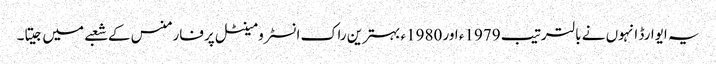
یہ ایوارڈ انہوں نے بالترتیب 1979ء اور 1980ء بہترین راک انسٹرومینٹل پرفارمنس کے شعبے میں جیتا۔